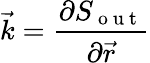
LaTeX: \vec{k}=\frac{\partial S_{\mathrm{~o~u~t~}}}{\partial\vec{r}}